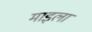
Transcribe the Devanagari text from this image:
माइला